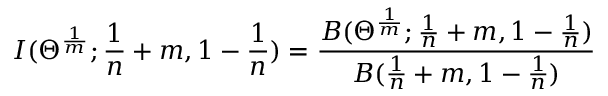
I ( \Theta ^ { \frac { 1 } { m } } ; \frac { 1 } { n } + m , 1 - \frac { 1 } { n } ) = \frac { B ( \Theta ^ { \frac { 1 } { m } } ; \frac { 1 } { n } + m , 1 - \frac { 1 } { n } ) } { B ( \frac { 1 } { n } + m , 1 - \frac { 1 } { n } ) }